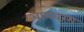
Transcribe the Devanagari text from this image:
वायवरंग